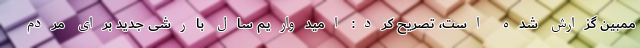
ممبین گزارش شده است، تصریح کرد: امیدواریم سال بارشی جدید برای مردم